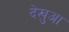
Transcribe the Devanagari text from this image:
देखुआ